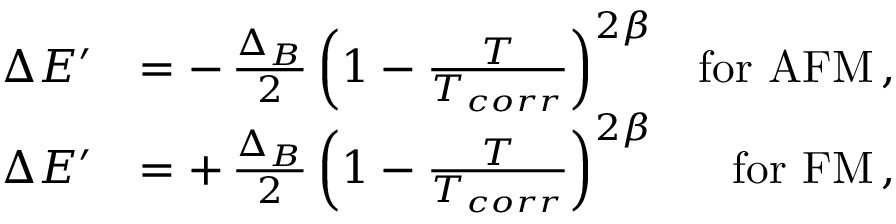
\begin{array} { r l r } { \Delta E ^ { \prime } } & { = - \, \frac { \Delta _ { B } } { 2 } \left( 1 - \frac { T } { T _ { c o r r } } \right) ^ { 2 \beta } } & { \mathrm { f o r ~ A F M } \, , } \\ { \Delta E ^ { \prime } } & { = + \, \frac { \Delta _ { B } } { 2 } \left( 1 - \frac { T } { T _ { c o r r } } \right) ^ { 2 \beta } } & { \mathrm { f o r ~ F M } \, , } \end{array}